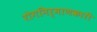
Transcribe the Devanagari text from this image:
रोगनिर्माणकारी